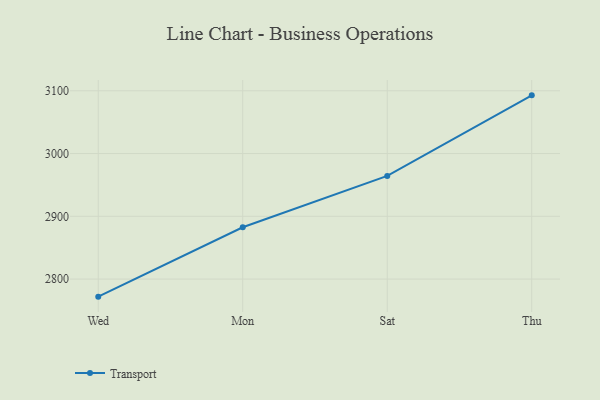
{"axis": {"x": "Day", "y": "Operating Costs (USD K)"}, "legend": ["Transport"], "data": [{"x": "Wed", "y": 2772.0, "type": "Transport"}, {"x": "Mon", "y": 2882.6, "type": "Transport"}, {"x": "Sat", "y": 2964.4, "type": "Transport"}, {"x": "Thu", "y": 3092.7, "type": "Transport"}]}